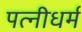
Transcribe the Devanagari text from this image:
पत्‍नीधर्म